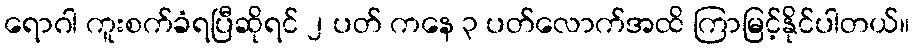
ရောဂါ ကူးစက်ခံရပြီဆိုရင် ၂ ပတ် ကနေ ၃ ပတ်လောက်အထိ ကြာမြင့်နိုင်ပါတယ်။